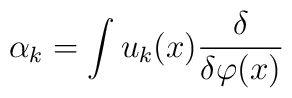
\alpha_{k} =\int u_{k}(x) {\delta \over {\delta \varphi (x)}}